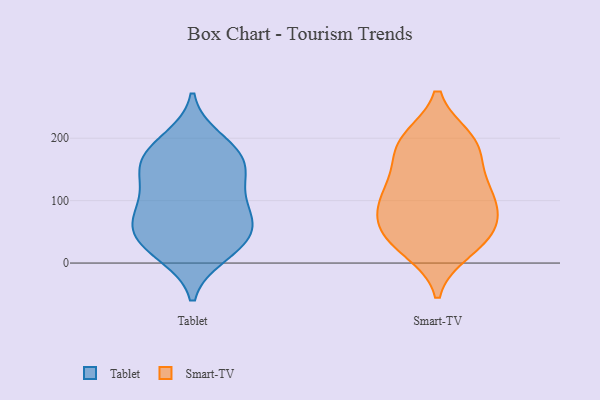
{"axis": {"x": "Revenue (USD Million)", "y": "Value"}, "legend": ["Smart-TV", "Tablet"], "data": [{"x": "", "y": 56, "type": "Tablet"}, {"x": "", "y": 13, "type": "Tablet"}, {"x": "", "y": 64, "type": "Tablet"}, {"x": "", "y": 150, "type": "Tablet"}, {"x": "", "y": 110, "type": "Tablet"}, {"x": "", "y": 187, "type": "Tablet"}, {"x": "", "y": 43, "type": "Tablet"}, {"x": "", "y": 30, "type": "Tablet"}, {"x": "", "y": 87, "type": "Tablet"}, {"x": "", "y": 15, "type": "Tablet"}, {"x": "", "y": 75, "type": "Tablet"}, {"x": "", "y": 159, "type": "Tablet"}, {"x": "", "y": 150, "type": "Tablet"}, {"x": "", "y": 179, "type": "Tablet"}, {"x": "", "y": 52, "type": "Tablet"}, {"x": "", "y": 149, "type": "Tablet"}, {"x": "", "y": 106, "type": "Tablet"}, {"x": "", "y": 199, "type": "Tablet"}, {"x": "", "y": 139, "type": "Smart-TV"}, {"x": "", "y": 43, "type": "Smart-TV"}, {"x": "", "y": 126, "type": "Smart-TV"}, {"x": "", "y": 188, "type": "Smart-TV"}, {"x": "", "y": 21, "type": "Smart-TV"}, {"x": "", "y": 71, "type": "Smart-TV"}, {"x": "", "y": 109, "type": "Smart-TV"}, {"x": "", "y": 43, "type": "Smart-TV"}, {"x": "", "y": 84, "type": "Smart-TV"}, {"x": "", "y": 195, "type": "Smart-TV"}, {"x": "", "y": 109, "type": "Smart-TV"}, {"x": "", "y": 76, "type": "Smart-TV"}, {"x": "", "y": 186, "type": "Smart-TV"}, {"x": "", "y": 32, "type": "Smart-TV"}, {"x": "", "y": 198, "type": "Smart-TV"}]}